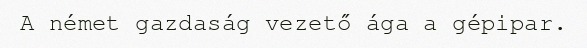
A német gazdaság vezető ága a gépipar.